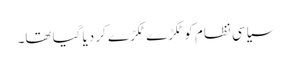
سیاسی نظام کو ٹکڑے ٹکڑے کر دیا گیا تھا۔